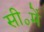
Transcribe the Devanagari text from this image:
सी॰में